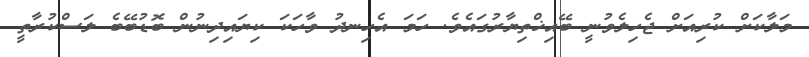
މަލާކަށް ކުރިއަށް ޖެހިލެވުނީ ބޭއިޚްތިޔާރުގައެވެ. ހަމަ އެހިނދު ވާހަކަ ކިޔައިދިނުން ބޮޑުބޭބެ ލަސްކުރާތީ